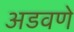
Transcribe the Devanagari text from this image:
अडवणे